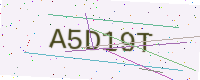
Text: A5D19T